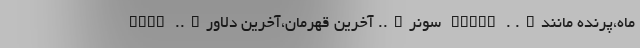
ماه،پرنده مانند…. . SONAY سونر….. آخرین قهرمان،آخرین دلاور….. SONR